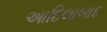
આદિલાબાદ